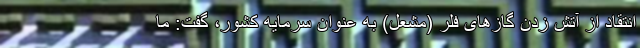
انتقاد از آتش زدن گازهای فلر (مشعل) به عنوان سرمایه کشور، گفت: ما